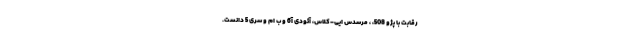
رقابت با پژو 508، ، مرسدس ایی-کلاس، آئودی آ6 و ب ام و سری 5 دانست.